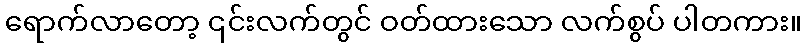
ရောက်လာတော့ ၎င်းလက်တွင် ဝတ်ထားသော လက်စွပ် ပါတကား။